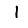
Digit: 1